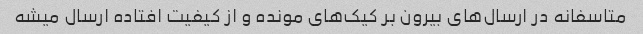
متاسفانه در ارسال‌های بیرون بر کیک‌های مونده و از کیفیت افتاده ارسال میشه